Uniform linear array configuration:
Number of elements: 16
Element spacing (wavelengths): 0.75
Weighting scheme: hamming
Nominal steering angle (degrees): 45
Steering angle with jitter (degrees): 46.157
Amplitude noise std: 0.05
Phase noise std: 0.05

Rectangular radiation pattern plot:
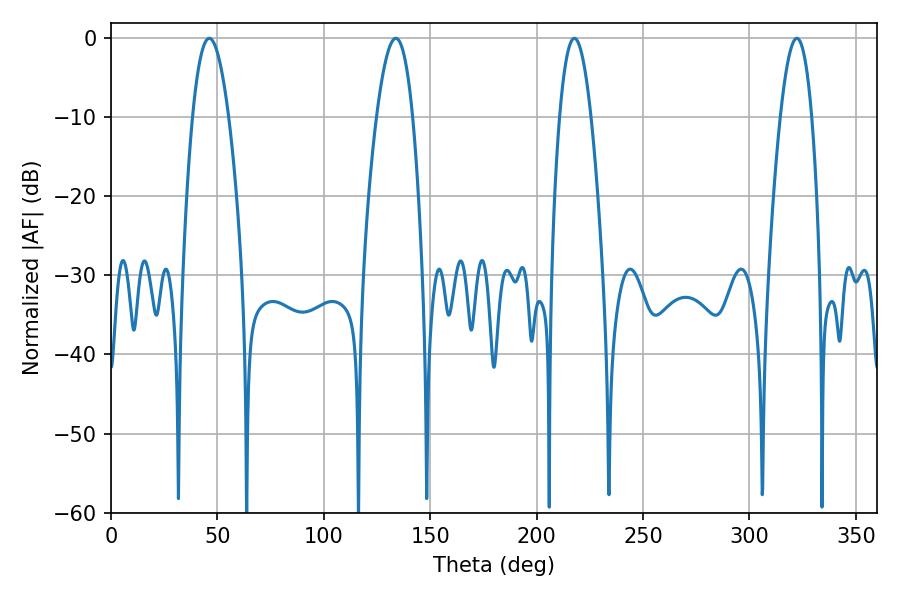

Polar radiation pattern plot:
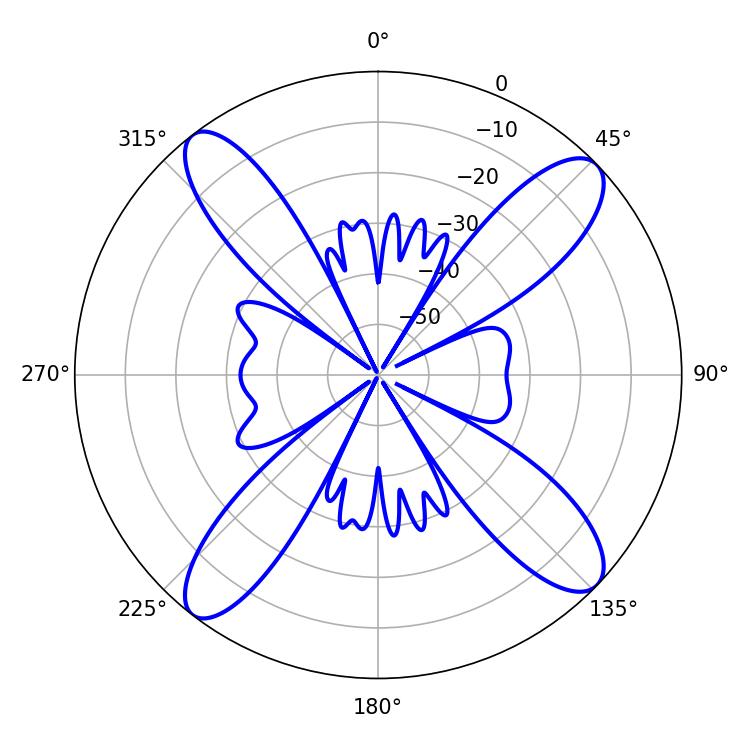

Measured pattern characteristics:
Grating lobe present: TRUE
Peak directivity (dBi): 14.84
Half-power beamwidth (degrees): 8.1
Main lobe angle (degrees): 217.8